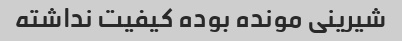
شیرینی مونده بوده کیفیت نداشته